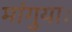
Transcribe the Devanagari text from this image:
मांगुयाः